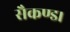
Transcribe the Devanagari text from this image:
सैकण्ड।